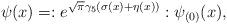
LaTeX: \begin{align*}\psi(x) = :e^{\sqrt\pi\gamma_5(\sigma(x) + \eta(x))}:\psi_{(0)}(x), \end{align*}